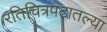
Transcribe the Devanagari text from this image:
रतिचित्रपटातल्या